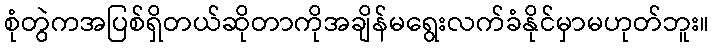
စုံတွဲကအပြစ်ရှိတယ်ဆိုတာကိုအချိန်မရွေးလက်ခံနိုင်မှာမဟုတ်ဘူး။